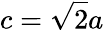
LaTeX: c={\sqrt{2}}a